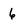
Character: 6